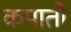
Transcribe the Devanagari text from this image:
कपाती